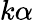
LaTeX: k\alpha